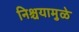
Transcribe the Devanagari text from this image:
निश्चयामुळे